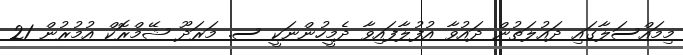
މިމައްސަލާގައި ދައުލަތުން ދައުވާ އުފުލާފައިވާ ދެމީހުންނަކީ ސ. މަރަދޫ ޝޭމްރޮކް އުމުރުން 21